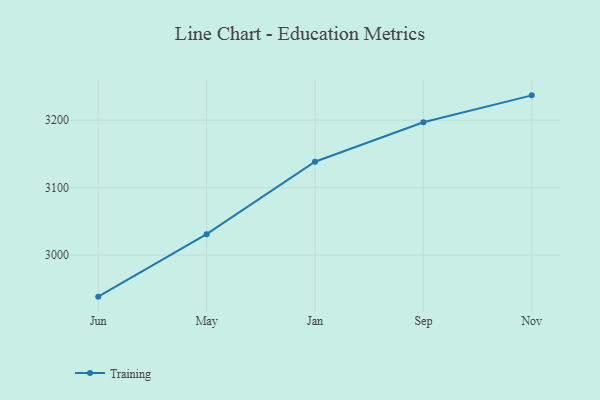
{"axis": {"x": "Month", "y": "Latency (ms)"}, "legend": ["Training"], "data": [{"x": "Jun", "y": 2938.4, "type": "Training"}, {"x": "May", "y": 3031.1, "type": "Training"}, {"x": "Jan", "y": 3138.6, "type": "Training"}, {"x": "Sep", "y": 3197.1, "type": "Training"}, {"x": "Nov", "y": 3237.0, "type": "Training"}]}